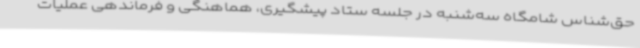
حق‌شناس شامگاه سه‌شنبه در جلسه ستاد پیشگیری، هماهنگی و فرماندهی عملیات